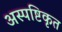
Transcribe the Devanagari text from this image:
अस्पष्टिकृत